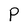
Character: P